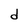
Character: d